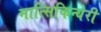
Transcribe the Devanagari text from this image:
मात्सिकिन्येरी